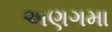
અણગમા